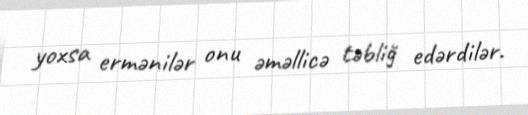
yoxsa ermənilər onu əməllicə təbliğ edərdilər.